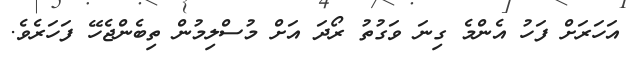
އަހަރަށް ފަހު އެންމެ ގިނަ ވަގުތު ރޯދަ އަށް މުސްލިމުން ތިބެންޖެހޭ ފަހަރެވެ.